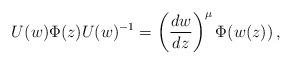
LaTeX: \begin{align*} U(w)\Phi(z)U(w)^{-1} = \left( \frac{d w}{d z} \right)^{\mu} \Phi(w(z))\,,\end{align*}